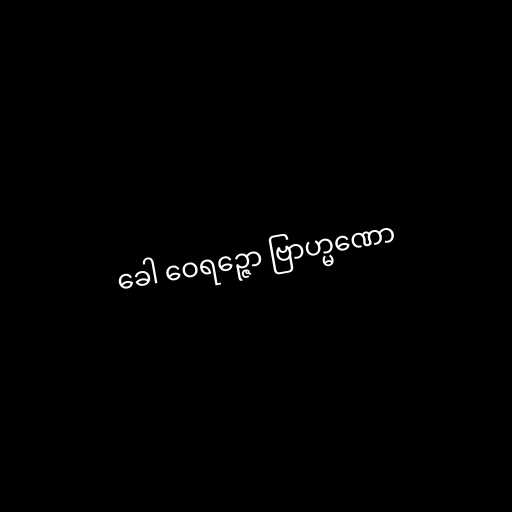
ခေါ ဝေရဉ္ဇော ဗြာဟ္မဏော